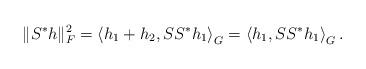
LaTeX: \begin{align*} \|S^*h\|^2_F=\left<h_1+h_2,SS^*h_1\right>_G=\left<h_1,SS^*h_1\right>_G. \end{align*}